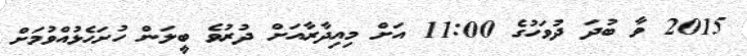
2015 ވާ ބުދަ ދުވަހުގެ 11:00 އަށް މިއިދާރާއަށް ދުރުވެ ބީލަން ހުށަހެޅުއްވުމަށް